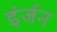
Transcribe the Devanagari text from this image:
इंर्जन